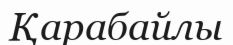
Қарабайлы